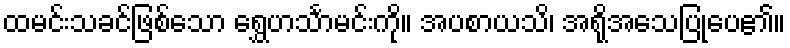
ထမင်းသခင်ဖြစ်သော ရွှေဟင်္သာမင်းကို။ အပစာယသိ၊ အရိုအသေပြုပေ၏။